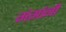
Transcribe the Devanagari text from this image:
गंगांनी